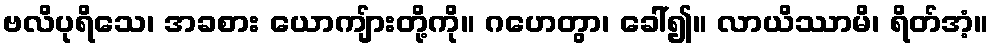
ဗလိပုရိသေ၊ အခစား ယောကျ်ားတို့ကို။ ဂဟေတွာ၊ ခေါ်၍။ လာယိဿာမိ၊ ရိတ်အံ့။